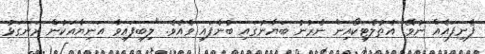
ފެނިފައެއް ނުވޭ" އެތުލެޓިކޯއިން ނެރުނު ބަޔާނުގައި ބުނެފައި ވެއެވެ. "ލިބިފައިވާ އަނިޔާއަކުން ރަނގަޅު